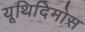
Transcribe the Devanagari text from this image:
यूथिदिमोस